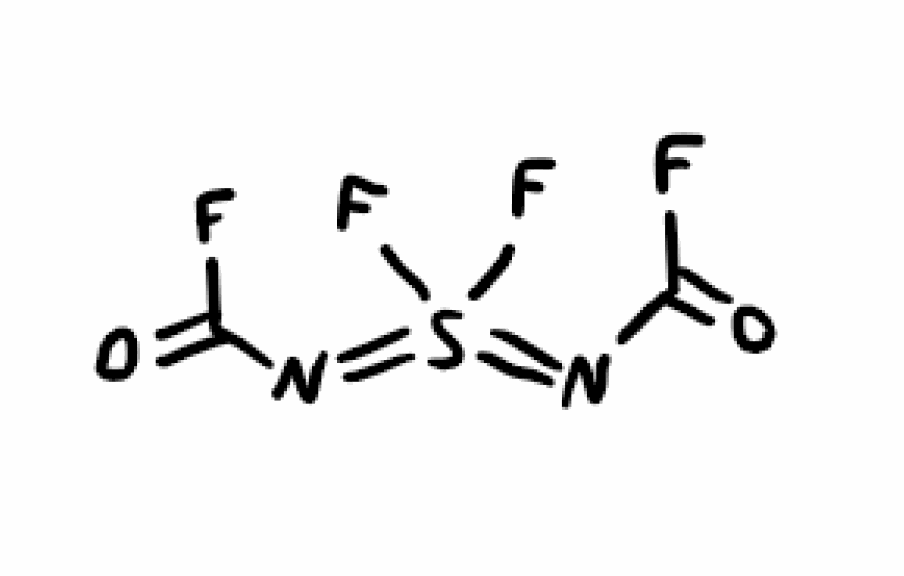
Simplified molecular-input line-entry system (SMILES) notation of the given molecule:
C(=O)(N=S(=NC(=O)F)(F)F)F